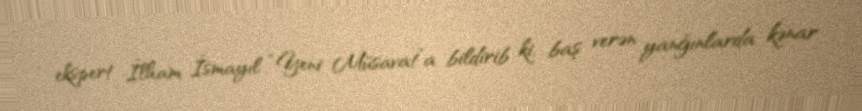
ekspert İlham İsmayıl “Yeni Müsavat”a bildirib ki, baş verən yanğınlarda kənar